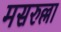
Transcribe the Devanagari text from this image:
मसरुल्ला